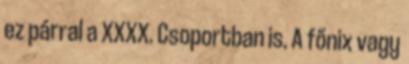
ez párral a XXXX. Csoportban is. A főnix vagy